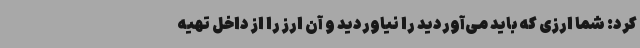
کرد: شما ارزی که باید می‌آوردید را نیاوردید و آن ارز را از داخل تهیه